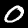
Label: 0